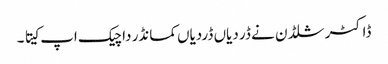
ڈاکٹر شلڈن نے ڈر دیاں ڈردیاں کمانڈر دا چیک اپ کیتا ۔